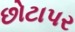
છોટાપર